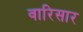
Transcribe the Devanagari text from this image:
वारिसार